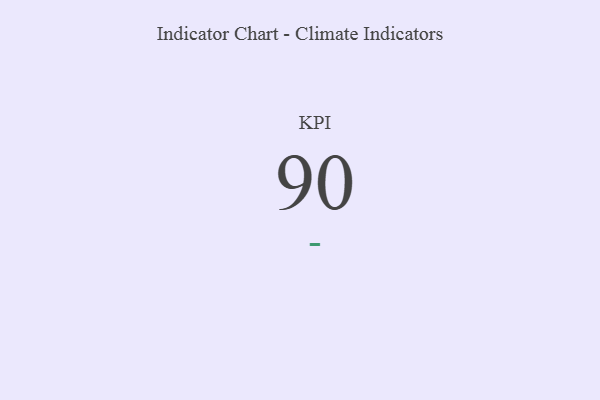
{"axis": {"x": "KPI", "y": "Value"}, "legend": [""], "data": [{"x": "KPI", "y": 90, "type": ""}]}